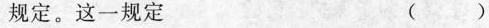
规定。这一规定 ( )